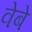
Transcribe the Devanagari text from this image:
वेबे